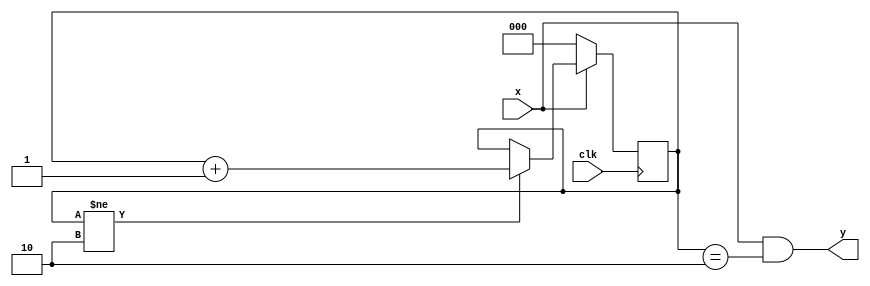
module burst_detect #(parameter N=3)(
    input clk,
    input x,
    output y
);
    reg [N-1:0] cnt;
    always @(posedge clk) begin
        if(x==0)    cnt<=0;
        else if(cnt!=N-1)   cnt<=cnt+1;
    end
    assign y=x&(cnt==N-1);
endmodule

//N